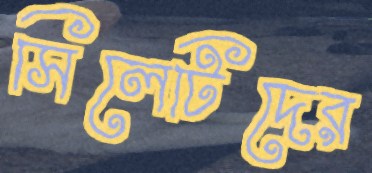
সিলেটিদের